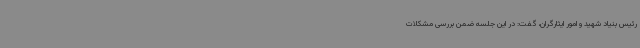
رئیس بنیاد شهید و امور ایثارگران، گفت: در این جلسه ضمن بررسی مشکلات